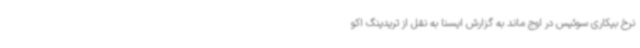
نرخ بیکاری سوئیس در اوج ماند به گزارش ایسنا به نقل از تریدینگ اکو